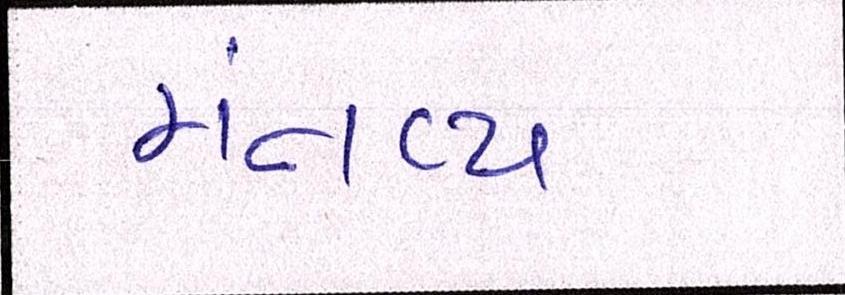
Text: મંતવ્ય